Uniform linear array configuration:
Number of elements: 8
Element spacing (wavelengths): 0.25
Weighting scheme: hamming
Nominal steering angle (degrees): -45
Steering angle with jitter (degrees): -46.858
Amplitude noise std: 0.05
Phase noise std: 0.05

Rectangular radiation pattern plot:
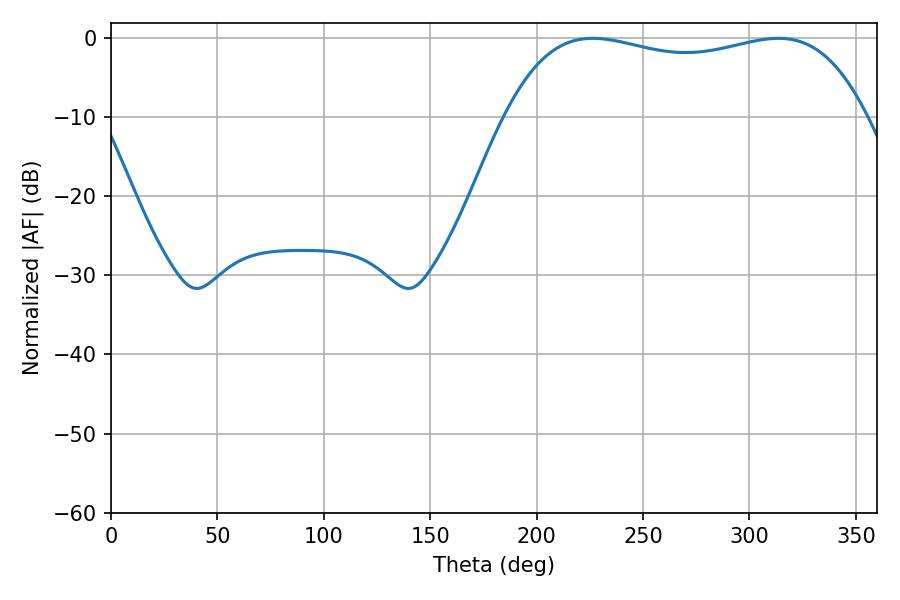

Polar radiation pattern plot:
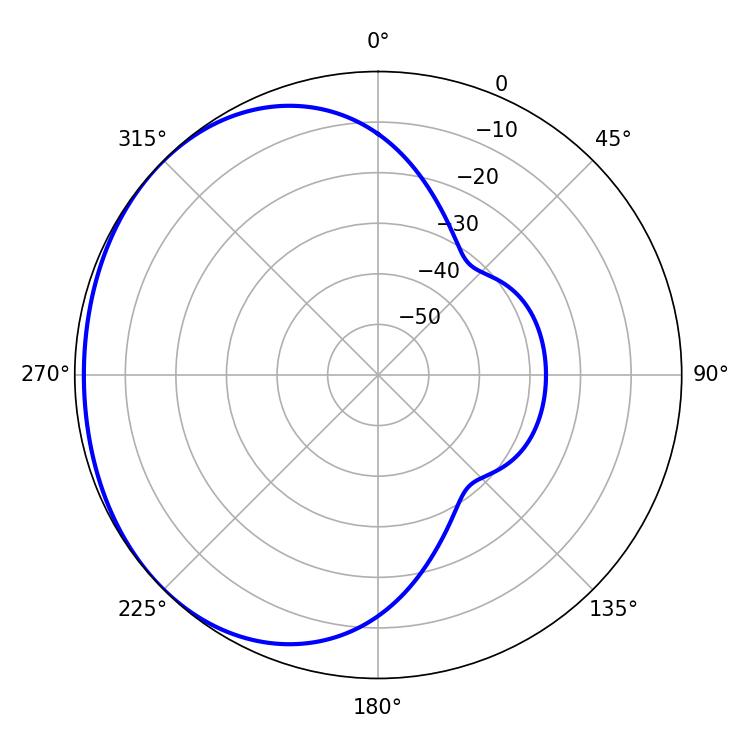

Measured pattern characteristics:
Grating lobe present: FALSE
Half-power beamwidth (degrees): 136.8
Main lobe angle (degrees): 226.44